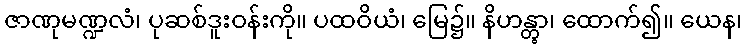
ဇာဏုမဏ္ဍလံ၊ ပုဆစ်ဒူးဝန်းကို။ ပထဝိယံ၊ မြေ၌။ နိဟန္တွာ၊ ထောက်၍။ ယေန၊